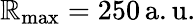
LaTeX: \mathbb{R}_{\mathrm{{max}}}=250\, \mathrm{{a.u.}}